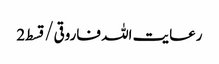
رعایت اللہ فاروقی/ قسط2